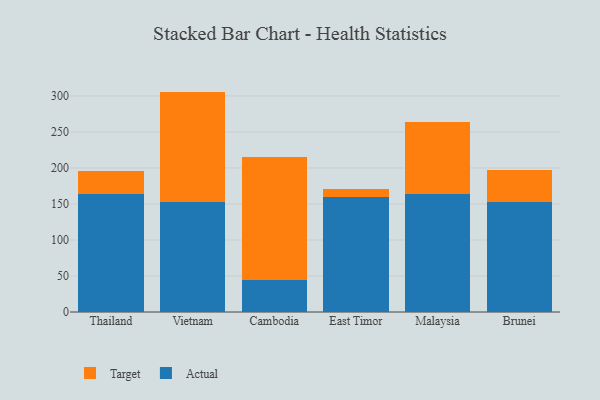
{"axis": {"x": "Country", "y": "Customer Acquisition Cost (USD)"}, "legend": ["Actual", "Target"], "data": [{"x": "Thailand", "y": 163.6, "type": "Actual"}, {"x": "Thailand", "y": 32.0, "type": "Target"}, {"x": "Vietnam", "y": 152.7, "type": "Actual"}, {"x": "Vietnam", "y": 153.4, "type": "Target"}, {"x": "Cambodia", "y": 44.5, "type": "Actual"}, {"x": "Cambodia", "y": 170.1, "type": "Target"}, {"x": "East Timor", "y": 159.7, "type": "Actual"}, {"x": "East Timor", "y": 11.0, "type": "Target"}, {"x": "Malaysia", "y": 163.3, "type": "Actual"}, {"x": "Malaysia", "y": 100.2, "type": "Target"}, {"x": "Brunei", "y": 152.7, "type": "Actual"}, {"x": "Brunei", "y": 44.8, "type": "Target"}]}